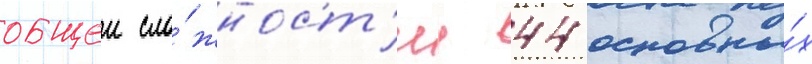
общеи сло́жност'и 44 основны́х